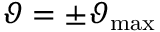
\vartheta = \pm \vartheta _ { \mathrm { m a x } }